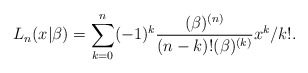
\begin{align*}L_{n}(x|\beta )=\sum_{k=0}^{n}(-1)^{k}\frac{(\beta )^{(n)}}{(n-k)!(\beta)^{(k)}}x^{k}/k!. \end{align*}